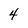
Character: 4